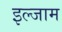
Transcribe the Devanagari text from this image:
इल्‍जाम